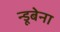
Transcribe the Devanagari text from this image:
न्डूबेना